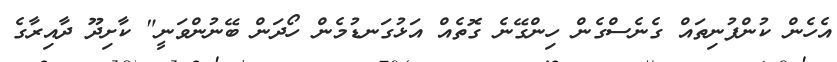
އެހެން ކުންފުނިތައް ގެނެސްގެން ހިންގޭނެ ގޮތެއް އަޅުގަނޑުމެން ހޯދަން ބޭނުންވަނީ" ކާށިދޫ ދާއިރާގެ